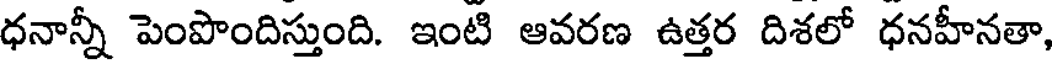
ధనాన్నీ పెంపొందిస్తుంది. ఇంటి ఆవరణ ఉత్తర దిశలో ధనహీనతా,